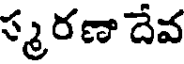
స్మ రణా దేవ